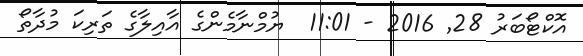
އޮކްޓޯބަރު 28